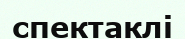
спектаклі